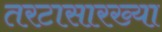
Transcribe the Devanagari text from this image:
तरटासारख्या